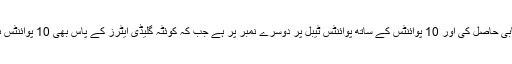
اسلام آباد یونائیٹڈ نے 7 میچز کھیل کر 5 میں کامیابی حاصل کی اور 10 پوائنٹس کے ساتھ پوائنٹس ٹیبل پر دوسرے نمبر پر ہے جب کہ کوئٹہ گلیڈی ایٹرز کے پاس بھی 10 پوائنٹس ہے اور بہتر رن ریٹ کی وجہ سے سرفہرست ہے۔